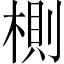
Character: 𣖡